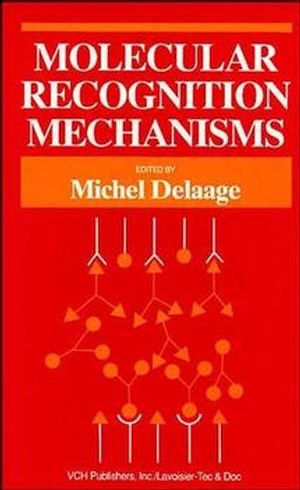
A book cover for Molecular Recognition Mechanisms; Medical Books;